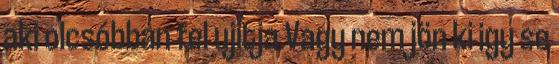
aki olcsóbban fel ujitja.Vagy nem jön ki igy se